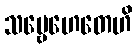
သဗ္ဗေဟေတေဟိ